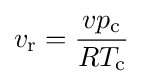
v_{\rm {r}}={\frac {vp_{\rm {c}}}{RT_{\rm {c}}}}